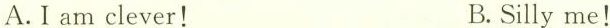
A. I am clever！ B. Silly me！